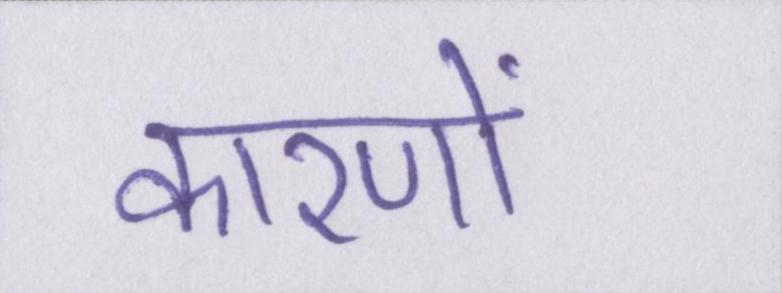
कारणों